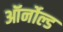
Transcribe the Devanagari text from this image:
ऑर्नोल्ड